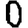
Digit: 0